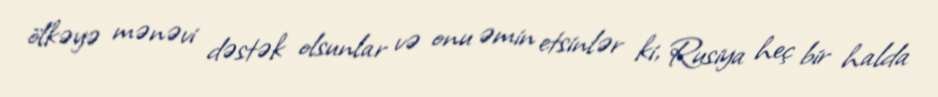
ölkəyə mənəvi dəstək olsunlar və onu əmin etsinlər ki, Rusiya heç bir halda